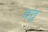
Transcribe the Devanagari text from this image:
दतु